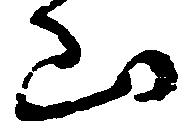
山